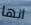
انها